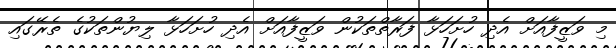
މި ވަޒީފާއަށް އެދި ހުށަހަޅާ ފަރާތްތަކުން ވަޒީފާއަށް އެދި ހުށަހަޅާ ލިޔުންތަކުގެ ތެރޭގައި